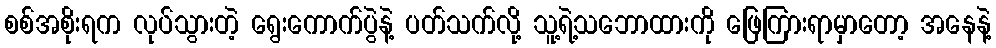
စစ်အစိုးရက လုပ်သွားတဲ့ ရွေးကောက်ပွဲနဲ့ ပတ်သက်လို့ သူ့ရဲ့သဘောထားကို ဖြေကြားရာမှာတော့ အနေနဲ့